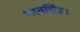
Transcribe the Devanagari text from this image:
मानसिंह।